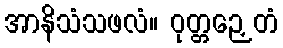
အာနိသံသဖလံ။ ဝုတ္တဉှေတံ